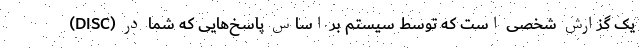
(DISC) یک گزارش شخصی است که توسط سیستم بر اساس پاسخ‌هایی که شما در